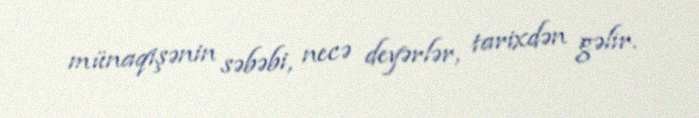
münaqişənin səbəbi, necə deyərlər, tarixdən gəlir.